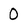
Character: 0